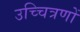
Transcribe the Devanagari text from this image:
उच्चित्रणों